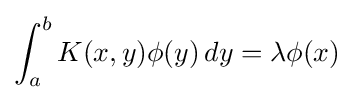
\int _{a}^{b}K(x,y)\phi (y)\,dy=\lambda \phi (x)